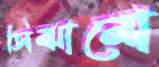
সিঝানো